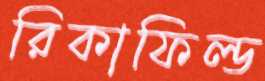
রিকাফিল্ড